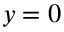
y = 0